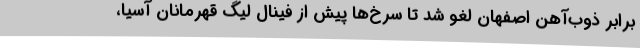
برابر ذوب‌آهن اصفهان لغو شد تا سرخ‌ها پیش از فینال لیگ قهرمانان آسیا،